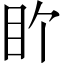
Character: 𬑅